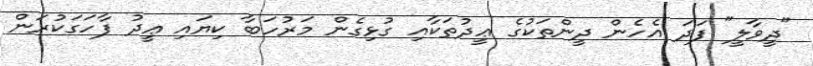
"ދީވާލީ" ފަދަ އެހެން ދީންތަކުގެ ޢީދުތަކާއި ގުޅިގެން މަރުހަބާ ކިޔައި ޢީދު ފާހަގަކުރަން